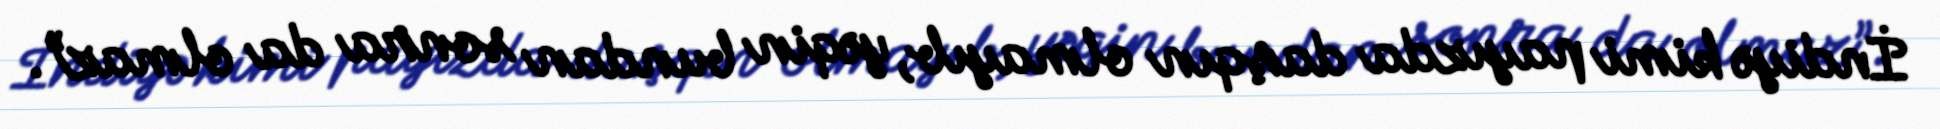
İndiyə kimi payızda daşqın olmayıb, yəqin bundan sonra da olmaz”.